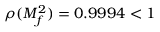
\rho ( M _ { f } ^ { 2 } ) = 0 . 9 9 9 4 < 1